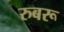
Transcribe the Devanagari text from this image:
रुबरू